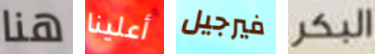
هنا أعلينا فيرجيل البكر